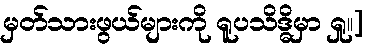
မှတ်သားဖွယ်များကို ရူပသိဒ္ဓိမှာ ရှု။]